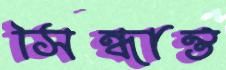
সিন্ধান্ত